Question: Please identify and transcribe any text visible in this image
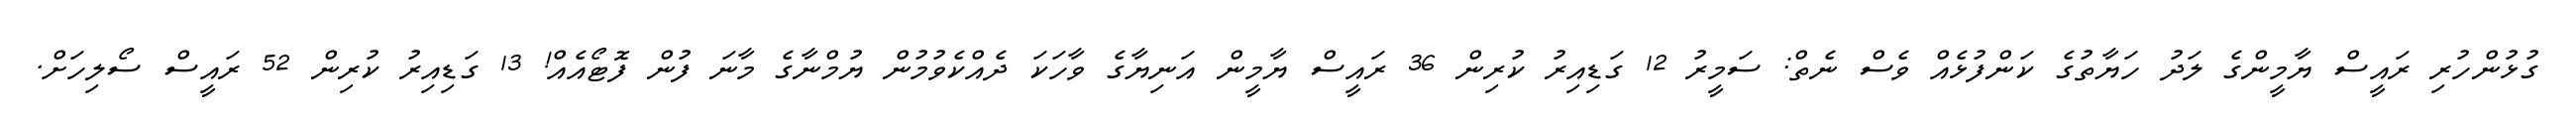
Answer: ގުޅުންހުރި ރައީސް ޔާމީންގެ ލަދު ހަޔާތުގެ ކަންފުޅެއް ވެސް ނެތް: ސަމީރު 12 ގަޑިއިރު ކުރިން 36 ރައީސް ޔާމީން އަނިޔާގެ ވާހަކަ ދެއްކެވުމުން ޔުމްނާގެ މާނަ ފުން ފޮޓޯއެއް! 13 ގަޑިއިރު ކުރިން 52 ރައީސް ސޯލިހަށް.